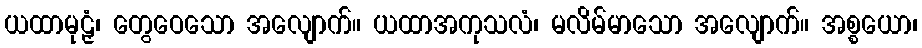
ယထာမုဠှံ၊ တွေဝေသော အလျောက်။ ယထာအကုသလံ၊ မလိမ်မာသော အလျောက်။ အစ္စယော၊